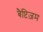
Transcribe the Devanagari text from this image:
बैप्टिज़म